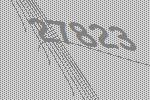
27823